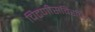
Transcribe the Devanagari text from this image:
चिटणीसविरचित